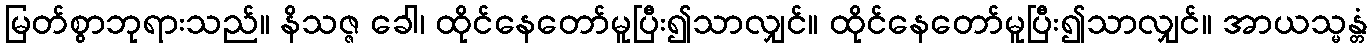
မြတ်စွာဘုရားသည်။ နိသဇ္ဇ ခေါ၊ ထိုင်နေတော်မူပြီး၍သာလျှင်။ ထိုင်နေတော်မူပြီး၍သာလျှင်။ အာယသ္မန္တံ